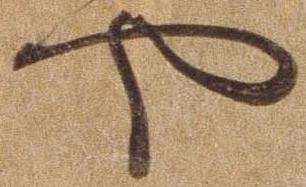
や